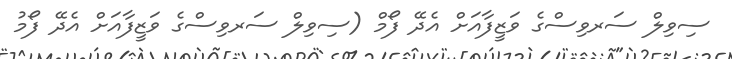
ސިވިލް ސަރވިސްގެ ވަޒީފާއަށް އެދޭ ފޯމް (ސިވިލް ސަރވިސްގެ ވަޒީފާއަށް އެދޭ ފޯމު